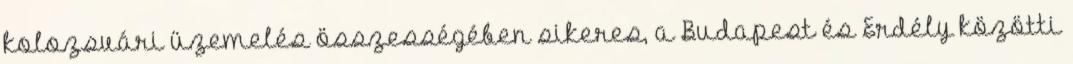
kolozsvári üzemelés összességében sikeres, a Budapest és Erdély közötti